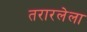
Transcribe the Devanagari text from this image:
तरारलेला